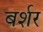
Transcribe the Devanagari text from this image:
बर्शर